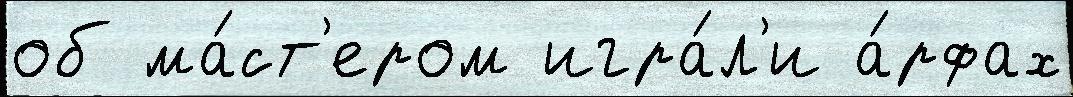
об ма́ст'ером игра́л'и а́рфах